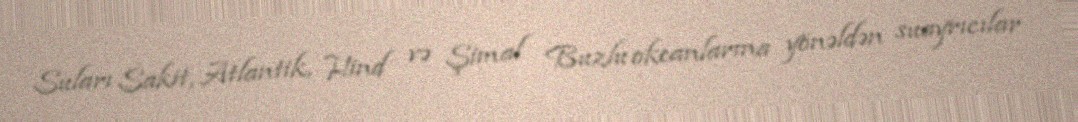
Suları Sakit, Atlantik, Hind və Şimal Buzlu okeanlarına yönəldən suayrıcılar